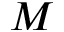
M